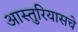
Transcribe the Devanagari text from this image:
आस्तुरियासचे